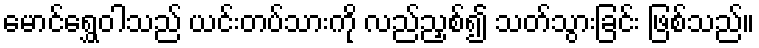
မောင်ရွှေဝါသည် ယင်းတပ်သားကို လည်ညှစ်၍ သတ်သွားခြင်း ဖြစ်သည်။